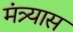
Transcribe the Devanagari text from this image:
मंत्र्यास